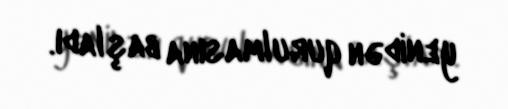
yenidən qurulmasına başladı.